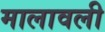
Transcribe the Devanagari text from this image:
मालावली